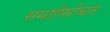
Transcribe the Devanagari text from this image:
समष्टीसोबत